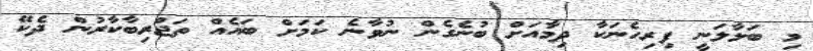
މި ބަލާލަނީ ފިރިހެނަކާ ދިމާއަށް ބުނެގެން ނުވާނެ ކަމަށް ބައެއް ތަޖްރިބާކާރުން ދެކޭ